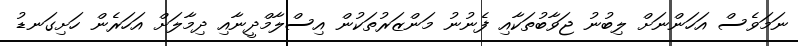
ނަމަވެސް އަހަންނަށް ލިބުނު ޖަވާބުތަކާއި ފެނުނު މަންޒަރުތަކުން އިސްލާމްދީނާއި ދިމާލަށް އަހަރެން ހަށިގަނޑު